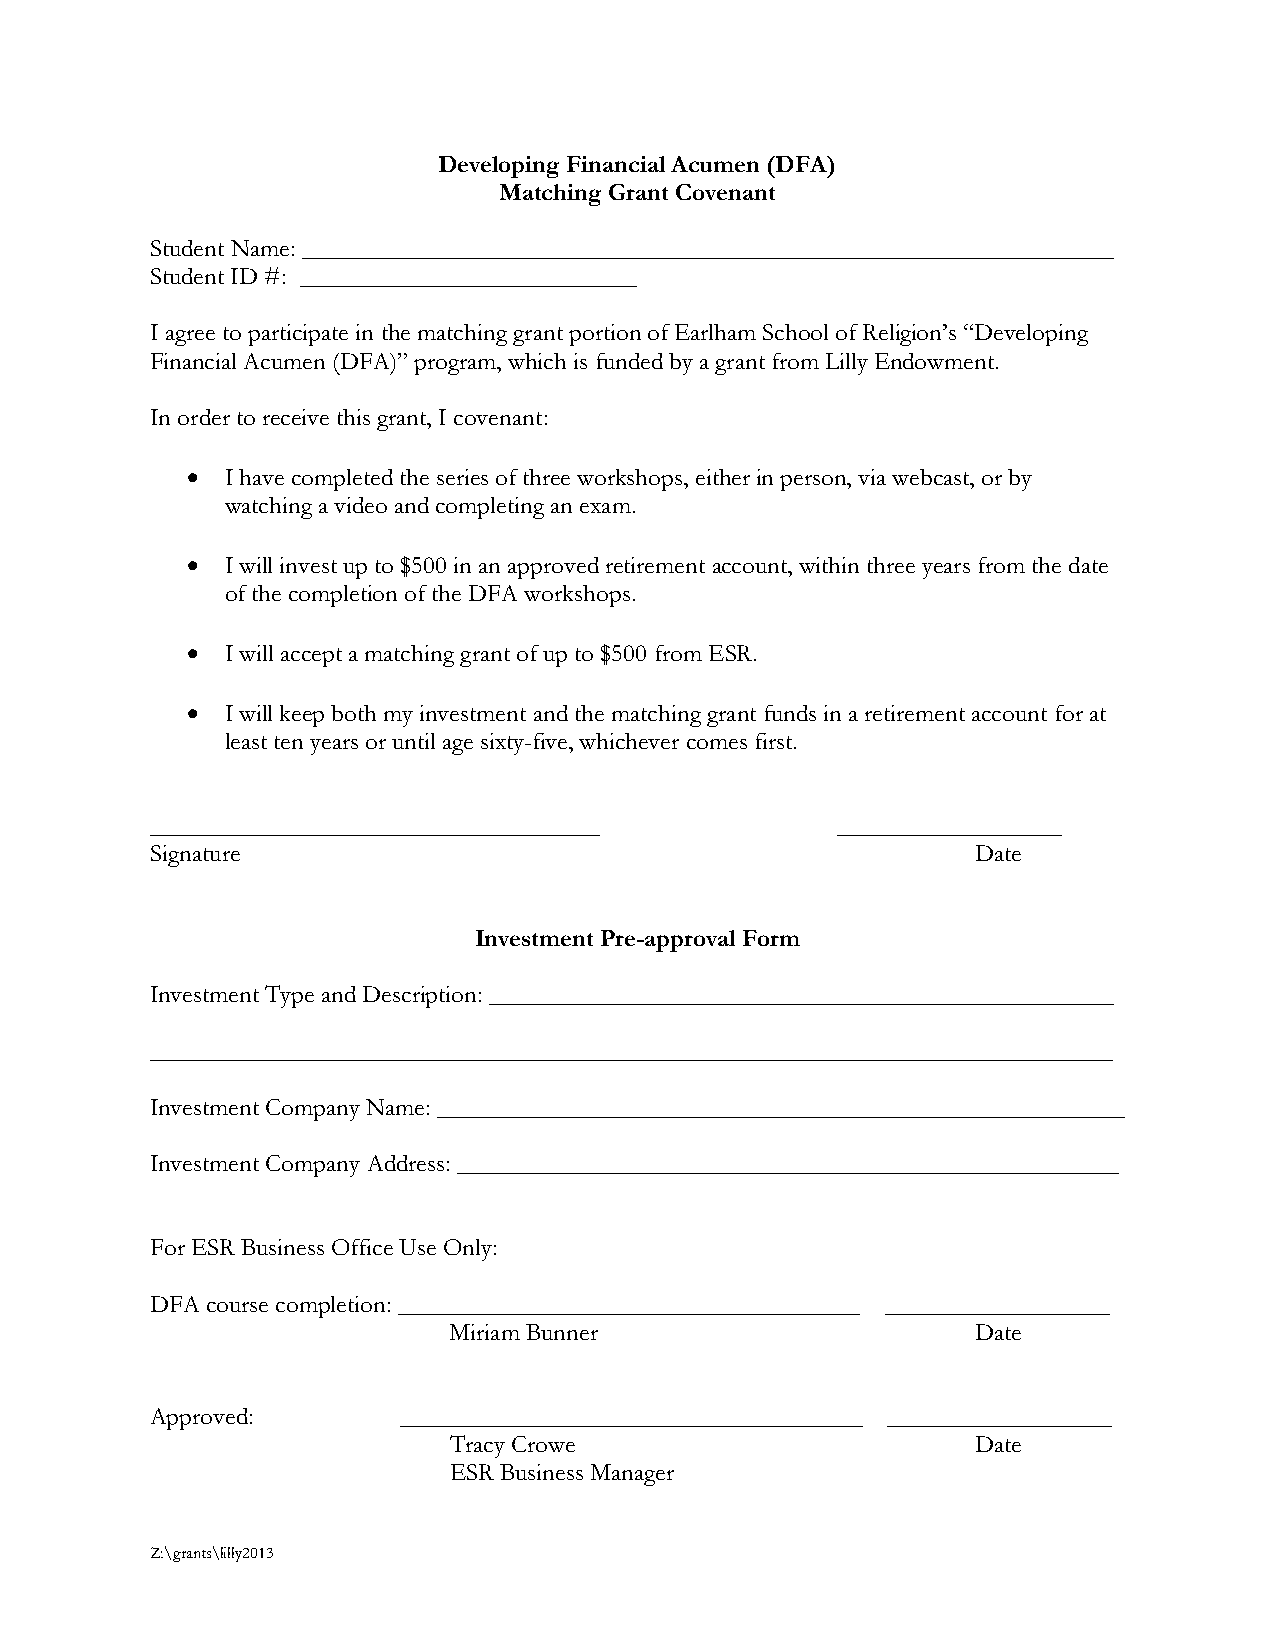
Developing Financial Acumen (DFA)
 Matching Grant Covenant
 Student Name: _________________________________________________________________
 Student ID #: ___________________________
 I agree to participate in the matching grant portion of Earlham School of Religion’s “Developing
 Financial Acumen (DFA)” program, which is funded by a grant from Lilly Endowment.
 In order to receive this grant, I covenant:
 •
 I have completed the series of three workshops, either in person, via webcast, or by
 watching a video and completing an exam.
 •
 I will invest up to $500 in an approved retirement account, within three years from the date
 of the completion of the DFA workshops.
 •
 I will accept a matching grant of up to $500 from ESR.
 •
 I will keep both my investment and the matching grant funds in a retirement account for at
 least ten years or until age sixty-five, whichever comes first.
 ____________________________________         __________________
 Signature                                              Date
 Investment Pre-approval Form
 Investment Type and Description: __________________________________________________
 _____________________________________________________________________________
 Investment Company Name: _______________________________________________________
 Investment Company Address: _____________________________________________________
 For ESR Business Office Use Only:
 DFA course completion: _____________________________________ __________________
 Miriam Bunner                      Date
 Approved:       _____________________________________ __________________
 Tracy Crowe                        Date
 ESR Business Manager
 Z:\grants\lilly2013